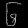
Digit: ၆